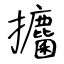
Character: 攟